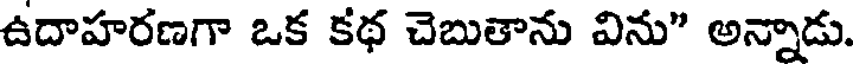
ఉదాహరణగా ఒక కథ చెబుతాను విను" అన్నాడు.